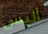
أليس